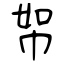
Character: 帤